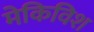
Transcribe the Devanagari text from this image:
मेकिविश